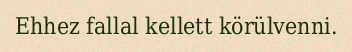
Ehhez fallal kellett körülvenni.